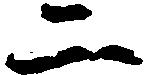
二